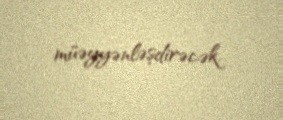
müəyyənləşdirəcək.